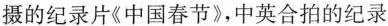
摄的纪录片《中国春节》,中英合拍的纪录